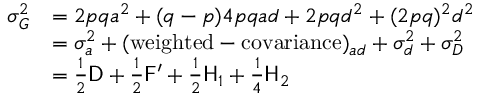
{ \begin{array} { r l } { \sigma _ { G } ^ { 2 } } & { = 2 p q a ^ { 2 } + ( q - p ) 4 p q a d + 2 p q d ^ { 2 } + ( 2 p q ) ^ { 2 } d ^ { 2 } } \\ & { = \sigma _ { a } ^ { 2 } + ( { \mathrm { w e i g h t e d - c o v a r i a n c e } } ) _ { a d } + \sigma _ { d } ^ { 2 } + \sigma _ { D } ^ { 2 } } \\ & { = { \frac { 1 } { 2 } } { \mathsf { D } } + { \frac { 1 } { 2 } } { \mathsf { F } } ^ { \prime } + { \frac { 1 } { 2 } } { \mathsf { H } } _ { 1 } + { \frac { 1 } { 4 } } { \mathsf { H } } _ { 2 } } \end{array} }